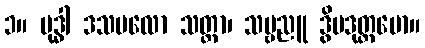
၁။ ဗုဒ္ဓါ ဒသဗလော သတ္ထာ၊ သဗ္ဗညူ ဒွိပဒုတ္တမော။